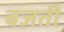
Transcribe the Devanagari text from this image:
बजतीं